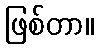
ဖြစ်တာ။